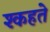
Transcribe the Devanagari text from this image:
श्कहते